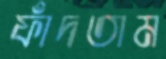
ফাঁদতাম